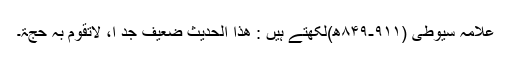
علامہ سیوطی (۹۱۱-۸۴۹ھ)لکھتے ہیں : ھذا الحدیث ضعیف جدّ ا، لاتقوم بہ حجّۃ۔